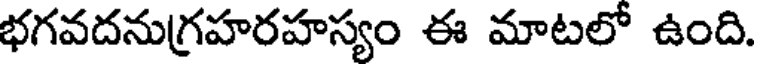
భగవదనుగ్రహరహస్యం ఈ మాటలో ఉంది.